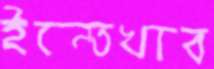
ইন্তেখাব